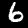
Label: 6